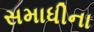
સમાધીના